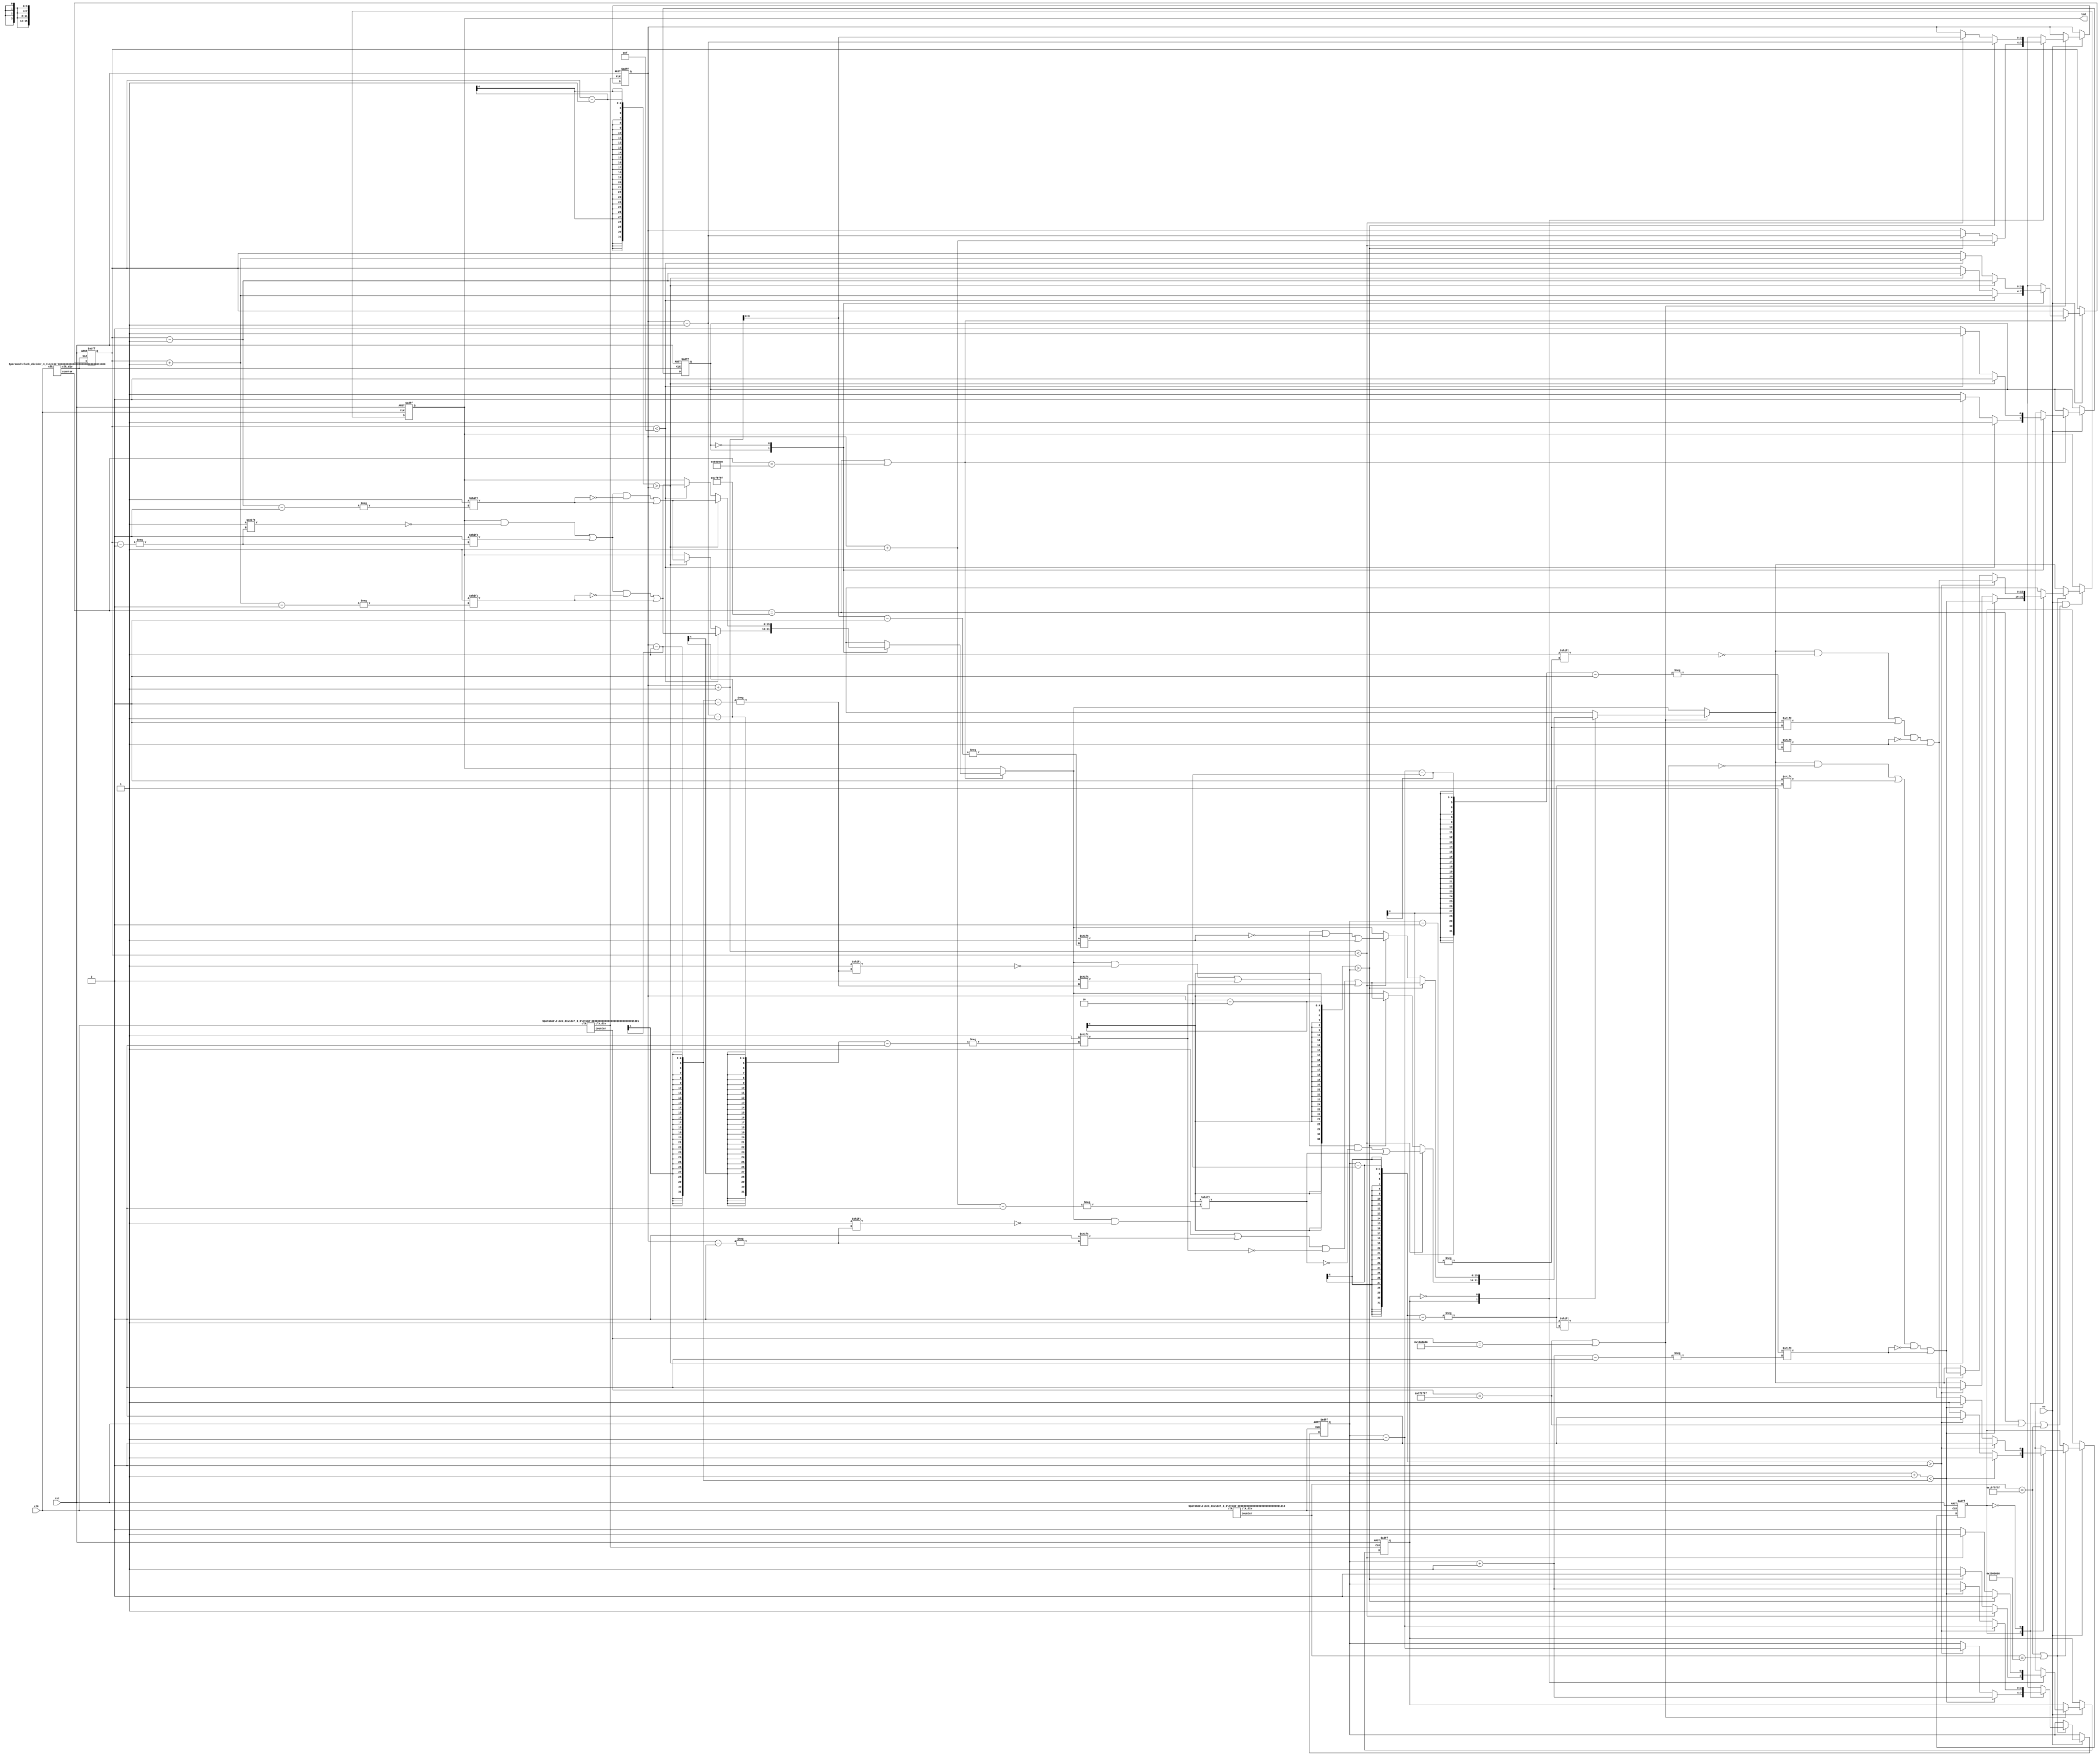
`timescale 1ns / 1ps

module lab3_3(
    input clk,
    input rst,
    input en,
    output reg [15:0] led
    );

    parameter LED_INIT = 16'b1000_1100_0000_0111; // LED initial setup
    parameter SNAKE1_INIT = 4'd15; // snake1 initial position
    parameter SNAKE2_INIT = 4'd11;
    parameter SNAKE3_INIT = 4'd2;
    parameter LEFT = 1; // direction
    parameter RIGHT = 0;
    parameter LEFT_WALL = 4'd15; // position of left wall
    parameter RIGHT_WALL = 4'd0;

    parameter DIV1 = 24;
    parameter DIV2 = 25;
    parameter DIV3 = 26;

    reg [15:0] next_led; 
    reg [3:0] snake1_pos, next_snake1_pos; // snake1: [snake1_pos]
    reg [3:0] snake2_pos, next_snake2_pos; // snake2: [snake2_pos:snake2_pos - 1]
    reg [3:0] snake3_pos, next_snake3_pos; // snake3: [snake3_pos:snake3_pos - 2]
    reg snake1_dir, next_snake1_dir; 
    reg snake2_dir, next_snake2_dir;
    reg snake3_dir, next_snake3_dir;

    wire clk_div1, clk_div2, clk_div3;
    wire [DIV1 - 1:0] counter1;
    wire [DIV2 - 1:0] counter2;
    wire [DIV3 - 1:0] counter3;
	
    // speed stuff
	clock_divider_3_3 #(DIV1) div1(.clk(clk), .clk_div(clk_div1), .counter(counter1)); // 6 HZ
    clock_divider_3_3 #(DIV2) div2(.clk(clk), .clk_div(clk_div2), .counter(counter2)); // 3 HZ
    clock_divider_3_3 #(DIV3) div3(.clk(clk), .clk_div(clk_div3), .counter(counter3)); // 1.5 HZ
    
    // state update: LED
    always @(posedge clk or posedge rst) begin
        if (rst == 1'b1) begin
            led <= LED_INIT;
        end 
        else if (en == 1'b1  && (counter1 == {1'b0, {(DIV1 - 1){1'b1}}}
                                || counter2 == {1'b0, {(DIV2 - 1){1'b1}}}
                                || counter3 == {1'b0, {(DIV3 - 1){1'b1}}}
                                )) begin
            led <= next_led;
        end
    end
    
    // state update: snake1
    always @(posedge clk_div1 or posedge rst) begin
        if(rst == 1'b1) begin
            snake1_pos <= SNAKE1_INIT;
            snake1_dir <= RIGHT;
        end else if (en == 1'b1) begin
            snake1_pos <= next_snake1_pos;
            snake1_dir <= next_snake1_dir;
        end
    end

    // state update: snake2
    always @(posedge clk_div2 or posedge rst) begin
        if(rst == 1'b1) begin
            snake2_pos <= SNAKE2_INIT;
            snake2_dir <= RIGHT;
        end else if (en == 1'b1) begin
            snake2_pos <= next_snake2_pos;
            snake2_dir <= next_snake2_dir;
        end
    end

    // state update: snake3
    always @(posedge clk_div3 or posedge rst) begin
        if(rst == 1'b1) begin
            snake3_pos <= SNAKE3_INIT;
            snake3_dir <= LEFT;
        end else if (en == 1'b1) begin
            snake3_pos <= next_snake3_pos;
            snake3_dir <= next_snake3_dir;
        end
    end

    // next state combinational logic
    always @(*) begin
        // default value
        next_led = led;
        next_snake1_pos = snake1_pos;
        next_snake1_dir = snake1_dir;
        next_snake2_pos = snake2_pos;
        next_snake2_dir = snake2_dir;
        next_snake3_pos = snake3_pos;
        next_snake3_dir = snake3_dir;

        // snake1 next state
        if (counter1 == {1'b0, {(DIV1 - 1){1'b1}}} || counter1 == (1 << (DIV1 - 1))) begin 
            case (snake1_dir)
                LEFT: begin
                    // check if left side is walkable
                    if (snake1_pos < LEFT_WALL) begin
                        next_snake1_pos = snake1_pos + 1'b1;
                        next_led[snake1_pos] = 1'b0;
                        next_led[next_snake1_pos] = 1'b1;
                    end
                    // else, check if right side is walkable
                    else if (snake1_pos - 1 > snake2_pos) begin
                        next_snake1_pos = snake1_pos - 1'b1;
                        next_led[snake1_pos] = 1'b0;
                        next_led[next_snake1_pos] = 1'b1;
                        next_snake1_dir = RIGHT;
                    end
                    // else, both left & right sides are not walkable, so stay still, and remain direction
                end
                RIGHT: begin
                    // check if right side is walkable
                    if (snake1_pos - 1 > snake2_pos) begin
                        next_snake1_pos = snake1_pos - 1'b1;
                        next_led[snake1_pos] = 1'b0;
                        next_led[next_snake1_pos] = 1'b1;
                    end
                    // else, check if left side is walkable
                    else if (snake1_pos < LEFT_WALL) begin
                        next_snake1_pos = snake1_pos + 1'b1;
                        next_led[snake1_pos] = 1'b0;
                        next_led[next_snake1_pos] = 1'b1;
                        next_snake1_dir = LEFT;
                    end
                    // else, both right & left sides are not walkable, so stay still, and remain direction
                end
            endcase
        end

        // snake2 next state
        if (counter2 == {1'b0, {(DIV2 - 1){1'b1}}} || counter2 == (1 << (DIV2 - 1))) begin
            case (snake2_dir)
                LEFT: begin
                    // check if left side is walkable
                    if (snake2_pos + 1 < snake1_pos) begin
                        next_snake2_pos = snake2_pos + 1'b1;
                        next_led[snake2_pos - 1] = 1'b0;
                        next_led[next_snake2_pos] = 1'b1;
                    end
                    // else, check if right side is walkable
                    else if (snake2_pos - 2 > snake3_pos) begin
                        next_snake2_pos = snake2_pos - 1'b1;
                        next_led[snake2_pos] = 1'b0;
                        next_led[next_snake2_pos - 1] = 1'b1;
                        next_snake2_dir = RIGHT;
                    end
                    // else, both left & right sides are not walkable, so stay still, and remain direction
                end
                RIGHT: begin
                    // check if right side is walkable
                    if (snake2_pos - 2 > snake3_pos) begin
                        next_snake2_pos = snake2_pos - 1'b1;
                        next_led[snake2_pos] = 1'b0;
                        next_led[next_snake2_pos - 1] = 1'b1;
                    end
                    // else, check if left side is walkable
                    else if (snake2_pos + 1 < snake1_pos) begin
                        next_snake2_pos = snake2_pos + 1;
                        next_led[snake2_pos - 1] = 1'b0;
                        next_led[next_snake2_pos] = 1'b1;
                        next_snake2_dir = LEFT;
                    end
                    // else, both right & left sides are not walkable, so stay still, and remain direction
                end
            endcase
        end

        // snake3 next state
        if (counter3 == {1'b0, {(DIV3 - 1){1'b1}}} || counter3 == (1 << (DIV3 - 1))) begin
            case (snake3_dir)
                LEFT: begin
                    // check if left side is walkable
                    if (snake3_pos + 1 < snake2_pos - 1) begin
                        next_snake3_pos = snake3_pos + 1'b1;
                        next_led[snake3_pos - 2] = 1'b0;
                        next_led[next_snake3_pos] = 1'b1;
                    end
                    // else, check if right side is walkable
                    else if (snake3_pos - 2 > RIGHT_WALL) begin
                        next_snake3_pos = snake3_pos - 1'b1;
                        next_led[snake3_pos] = 1'b0;
                        next_led[next_snake3_pos - 2] = 1'b1;
                        next_snake3_dir = RIGHT;
                    end
                    // else, both left & right sides are not walkable, so stay still, and remain direction
                end
                RIGHT: begin
                    // check if right side is walkable
                    if (snake3_pos - 2 > RIGHT_WALL) begin
                        next_snake3_pos = snake3_pos - 1'b1;
                        next_led[snake3_pos] = 1'b0;
                        next_led[next_snake3_pos - 2] = 1'b1;
                    end
                    // else, check if left side is walkable
                    else if (snake3_pos + 1 < snake2_pos - 1) begin
                        next_snake3_pos = snake3_pos + 1'b1;
                        next_led[snake3_pos - 2] = 1'b0;
                        next_led[next_snake3_pos] = 1'b1;
                        next_snake3_dir = LEFT;
                    end
                    // else, both right & left sides are not walkable, so stay still, and remain direction
                end
            endcase
        end
    end
endmodule

module clock_divider_3_3 
    #(parameter n = 25)
    (input clk, output clk_div, output [n - 1:0] counter);

    reg [n - 1:0] cnt = 0;
    wire [n - 1:0] next_cnt; 

    always @(posedge clk) begin
        cnt <= next_cnt;
    end

    assign next_cnt = cnt + 1;
    assign clk_div = cnt[n - 1];
    assign counter = cnt;
endmodule